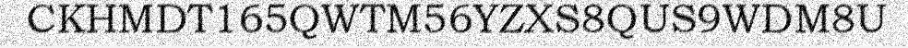
CKHMDT165QWTM56YZXS8QUS9WDM8U